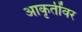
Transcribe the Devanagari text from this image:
आकृतींवर